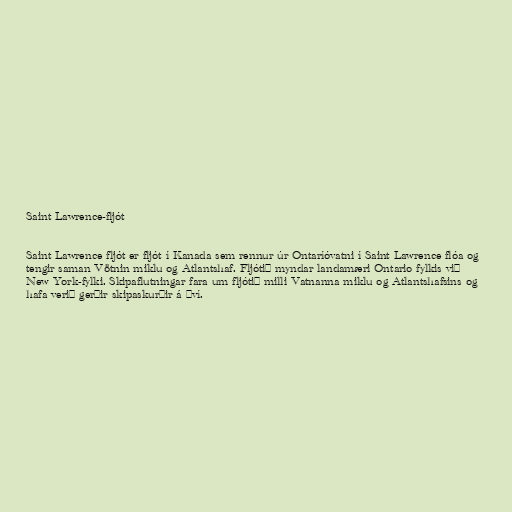
Saint Lawrence-fljót

Saint Lawrence fljót er fljót í Kanada sem rennur úr Ontaríóvatni í Saint Lawrence flóa og
tengir saman Vötnin miklu og Atlantshaf. Fljótið myndar landamæri Ontario fylkis við
New York-fylki. Skipaflutningar fara um fljótið milli Vatnanna miklu og Atlantshafsins og
hafa verið gerðir skipaskurðir á því.